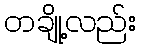
တချို့လည်း